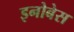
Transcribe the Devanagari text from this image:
इनोबेस